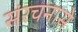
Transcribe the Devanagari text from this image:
संरचनासे